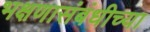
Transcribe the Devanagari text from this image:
भक्षणासंबंधीच्या